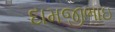
દામજીભાઇ